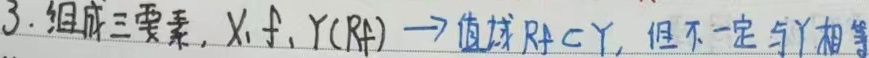
3. 组成三要素，\(X,f,Y(R_f)\)→值域\(R_f\subset Y\)，但不一定与\(Y\)相等